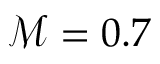
\mathcal { M } = 0 . 7